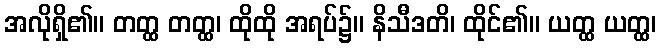
အလိုရှိ၏။ တတ္ထ တတ္ထ၊ ထိုထို အရပ်၌။ နိသီဒတိ၊ ထိုင်၏။ ယတ္ထ ယတ္ထ၊